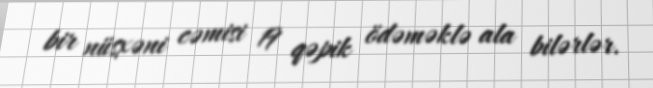
bir nüsxəni cəmisi 19 qəpik ödəməklə ala bilərlər.